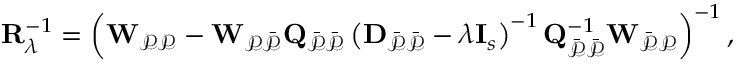
\mathbf { R } _ { \lambda } ^ { - 1 } = \left( \mathbf { W } _ { \mathcal { P P } } - \mathbf { W } _ { \mathcal { P \Bar { P } } } \mathbf { Q } _ { \mathcal { \Bar { P } \Bar { P } } } \left( \mathbf { D } _ { \mathcal { \Bar { P } \Bar { P } } } - \lambda \mathbf { I } _ { s } \right) ^ { - 1 } \mathbf { Q } _ { \mathcal { \Bar { P } \Bar { P } } } ^ { - 1 } \mathbf { W } _ { \mathcal { \Bar { P } P } } \right) ^ { - 1 } ,